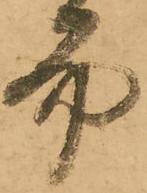
而